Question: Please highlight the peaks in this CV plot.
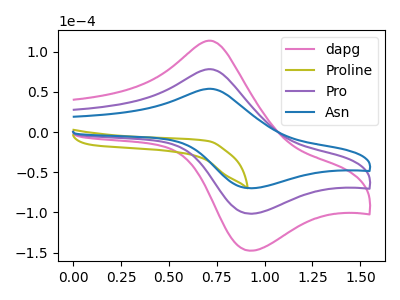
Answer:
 <answer>The pink curve "dapg" has an anodic peak at (0.70V, 156.35uA) and a cathodic peak at (0.95V, -203.05uA). The olive curve "Proline" has no peaks. The purple curve "Pro" has an anodic peak at (0.70V, 78.20uA) and a cathodic peak at (0.95V, -101.55uA). The blue curve "Asn" has an anodic peak at (0.70V, 53.80uA) and a cathodic peak at (0.95V, -69.90uA).</answer>
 <eval></eval>